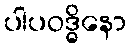
ပါပဝဒ္ဓိနော